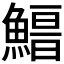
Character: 𩺏